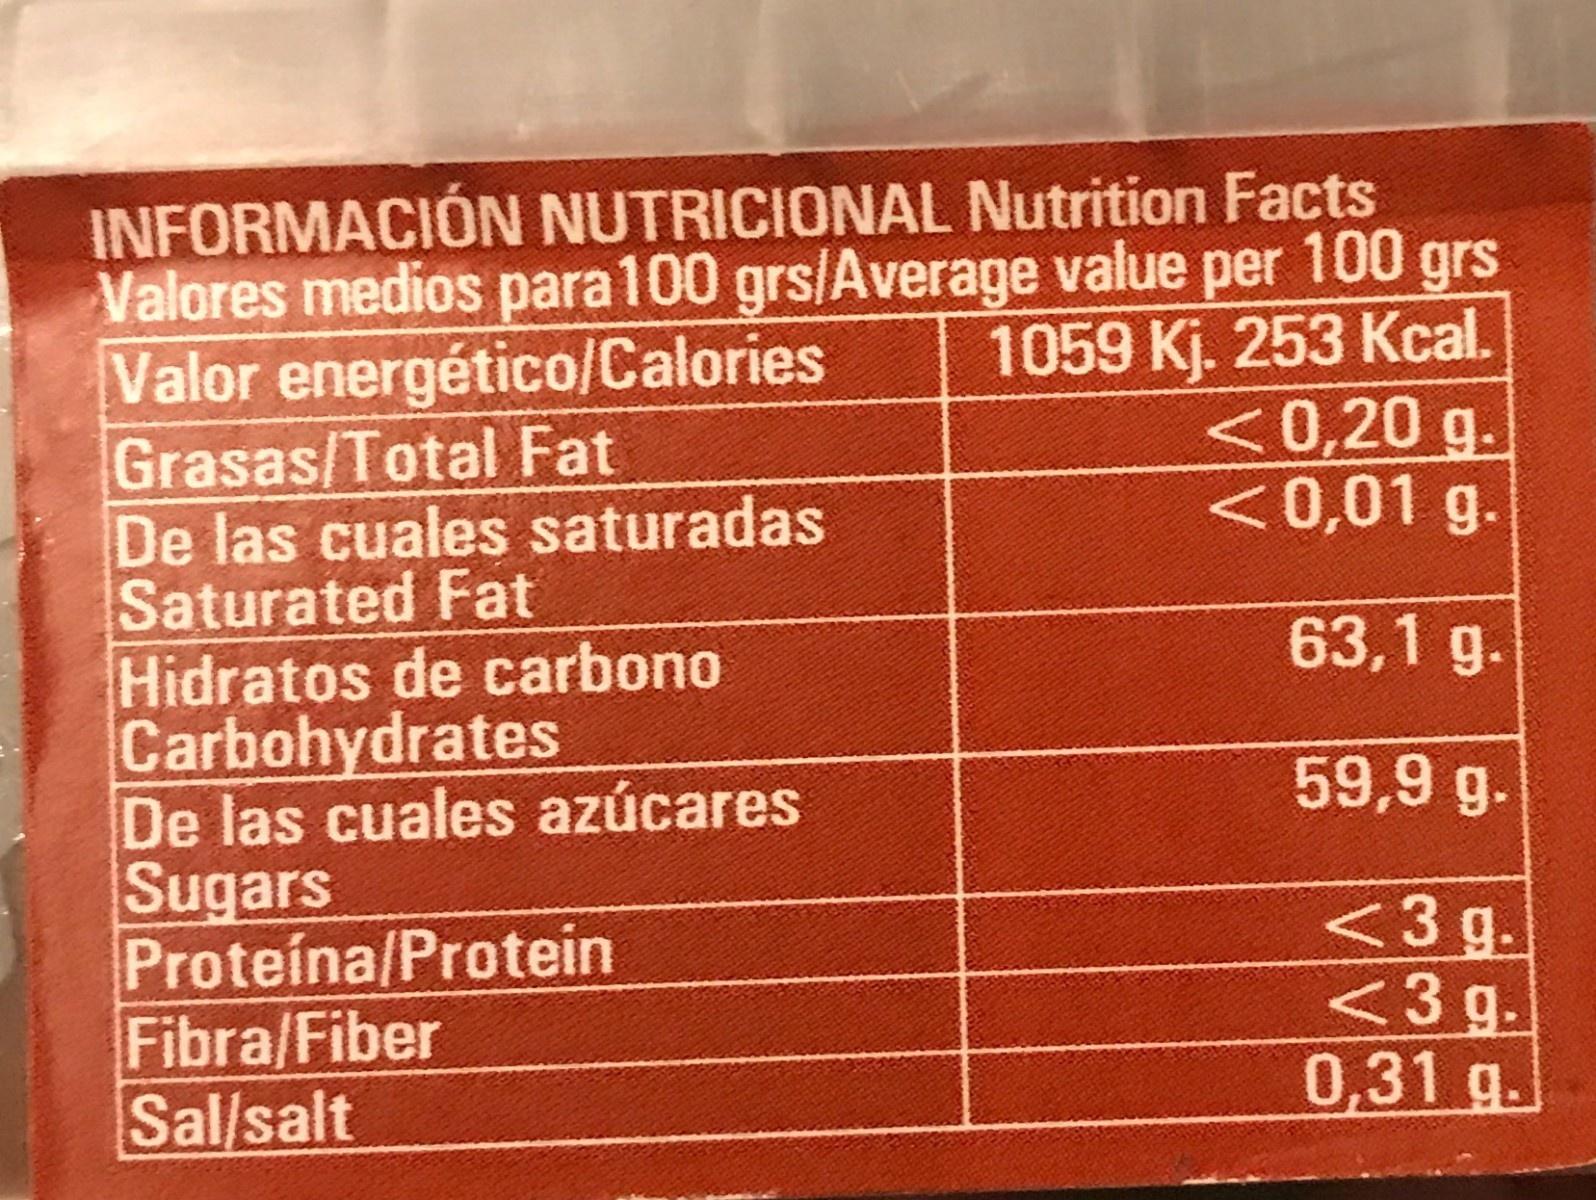
INFORMACIÓN NUTRICIONAL Nutrition Facts Valores medios para100 grs/Average value per 100 grs Valor energético/Calories Grasas/Total Fat De las cuales saturadas Saturated Fat Hidratos de carbono Carbohydrates De las cuales azúcares Sugars Proteína/Protein Fibra/Fiber Sal/salt 1059 Kj. 253 Kcal. <0,20 g. <0,01 g. 63,1 g. 59,9 g. <3 g. <3 g. 0,31 g.